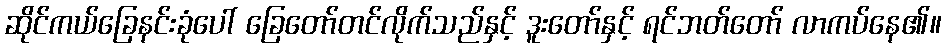
ဆိုင်ကယ်ခြေနင်းခုံပေါ် ခြေတော်တင်လိုက်သည်နှင့် ဒူးတော်နှင့် ရင်ဘတ်တော် လာကပ်နေ၏။